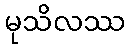
မုသိလဿ